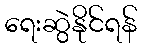
ရေးဆွဲနိုင်ရန်